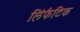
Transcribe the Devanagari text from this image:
लिंफैटिक